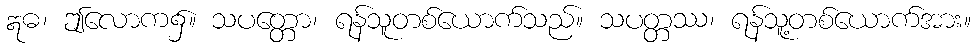
ဣဓ၊ ဤလောက၌။ သပတ္တော၊ ရန်သူတစ်ယောက်သည်။ သပတ္တဿ၊ ရန်သူ့တစ်ယောက်အား။